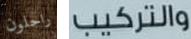
راحلون والتركيب